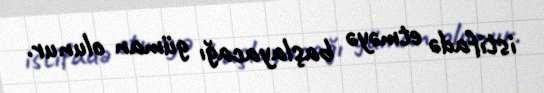
istifadə etməyə başlayacağı güman olunur.